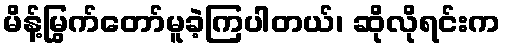
မိန့်မြွက်တော်မူခဲ့ကြပါတယ်၊ ဆိုလိုရင်းက